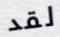
لقد